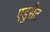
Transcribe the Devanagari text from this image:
एडुसैट